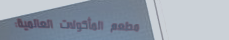
مطعم المأكولات العالمية: